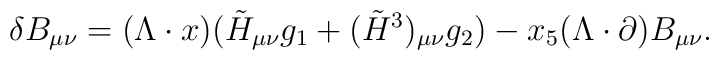
\delta B_{\mu\nu} = (\Lambda \cdot x) (\tilde{H}_{\mu\nu} g_1 +(\tilde{H}^3)_{\mu\nu} g_2) - x_5 (\Lambda \cdot \partial) B_{\mu\nu}.